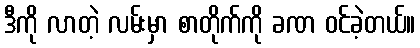
ဒီကို လာတဲ့ လမ်းမှာ စာတိုက်ကို ခဏ ဝင်ခဲ့တယ်။